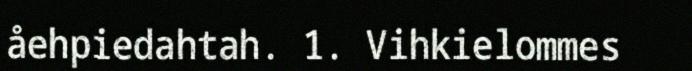
åehpiedahtah. 1. Vihkielommes